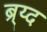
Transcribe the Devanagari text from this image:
ब्र्य्द